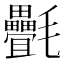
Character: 㲲